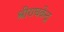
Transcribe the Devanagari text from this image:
श्रीराघवेन्द्र